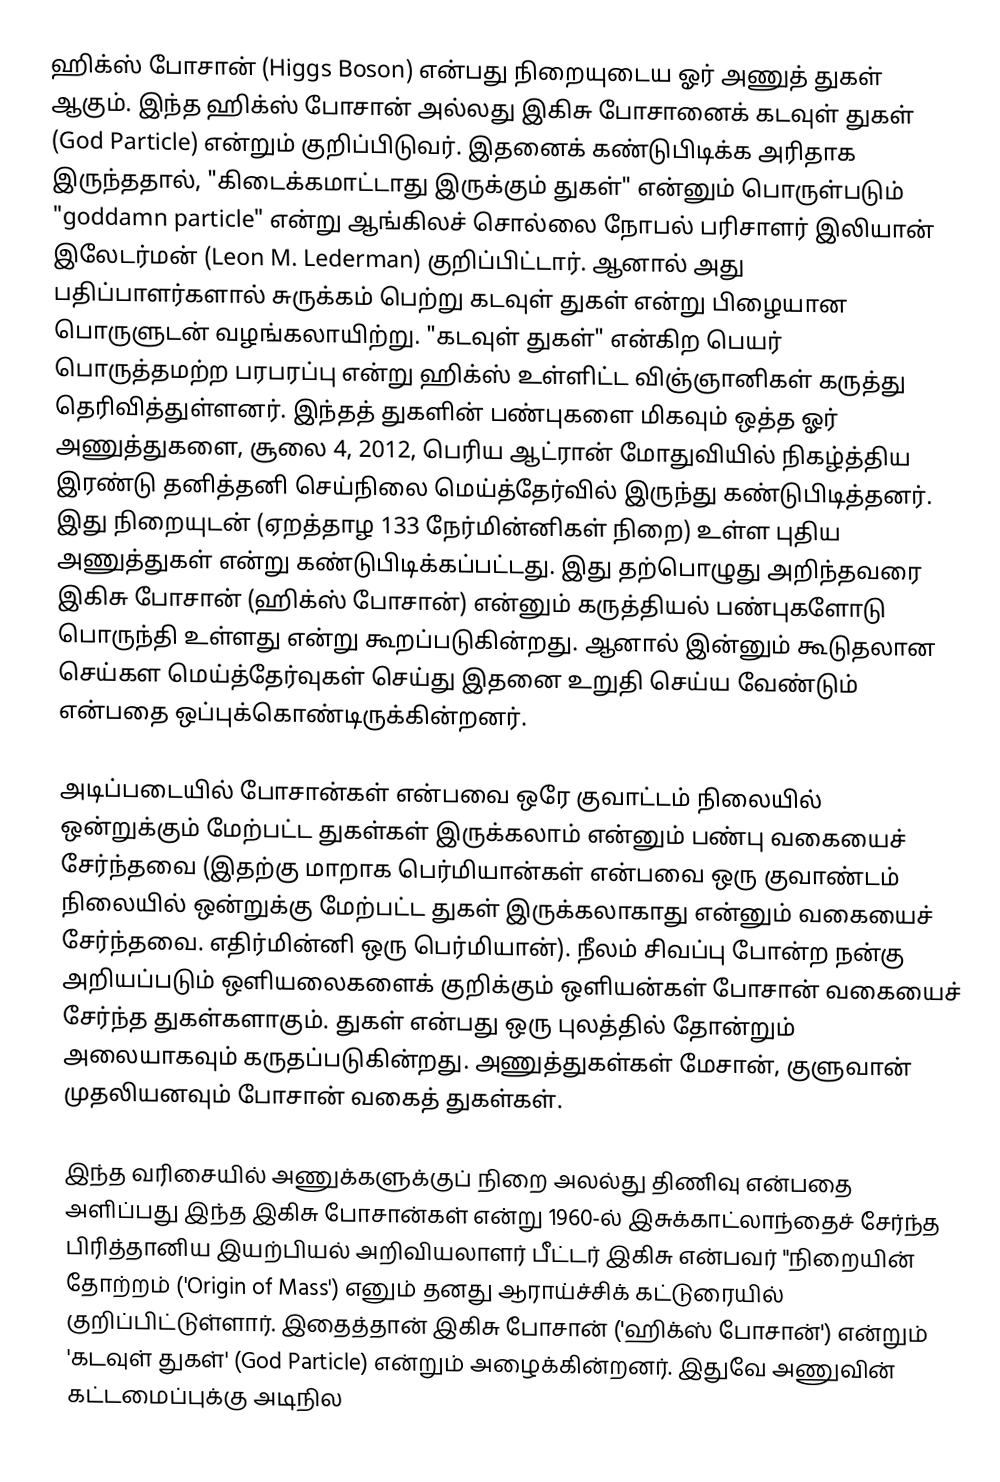
ஹிக்ஸ் போசான் (Higgs Boson) என்பது நிறையுடைய ஓர் அணுத் துகள் ஆகும். இந்த ஹிக்ஸ் போசான் அல்லது இகிசு போசானைக் கடவுள் துகள் (God Particle) என்றும் குறிப்பிடுவர். இதனைக் கண்டுபிடிக்க அரிதாக இருந்ததால், "கிடைக்கமாட்டாது இருக்கும் துகள்" என்னும் பொருள்படும் "goddamn particle" என்று ஆங்கிலச் சொல்லை நோபல் பரிசாளர் இலியான் இலேடர்மன் (Leon M. Lederman) குறிப்பிட்டார். ஆனால் அது பதிப்பாளர்களால் சுருக்கம் பெற்று கடவுள் துகள் என்று பிழையான பொருளுடன் வழங்கலாயிற்று. "கடவுள் துகள்" என்கிற பெயர் பொருத்தமற்ற பரபரப்பு என்று  ஹிக்ஸ் உள்ளிட்ட விஞ்ஞானிகள் கருத்து தெரிவித்துள்ளனர்.  இந்தத் துகளின் பண்புகளை மிகவும் ஒத்த ஓர் அணுத்துகளை, சூலை 4, 2012,  பெரிய ஆட்ரான் மோதுவியில் நிகழ்த்திய இரண்டு தனித்தனி செய்நிலை மெய்த்தேர்வில் இருந்து கண்டுபிடித்தனர். இது  நிறையுடன் (ஏறத்தாழ 133 நேர்மின்னிகள் நிறை) உள்ள புதிய அணுத்துகள் என்று கண்டுபிடிக்கப்பட்டது. இது தற்பொழுது அறிந்தவரை இகிசு போசான் (ஹிக்ஸ் போசான்) என்னும் கருத்தியல் பண்புகளோடு பொருந்தி உள்ளது என்று கூறப்படுகின்றது. ஆனால் இன்னும் கூடுதலான செய்கள மெய்த்தேர்வுகள் செய்து இதனை உறுதி செய்ய வேண்டும் என்பதை ஒப்புக்கொண்டிருக்கின்றனர்.

அடிப்படையில் போசான்கள் என்பவை ஒரே குவாட்டம் நிலையில் ஒன்றுக்கும் மேற்பட்ட துகள்கள் இருக்கலாம் என்னும் பண்பு வகையைச் சேர்ந்தவை (இதற்கு மாறாக பெர்மியான்கள் என்பவை ஒரு குவாண்டம் நிலையில் ஒன்றுக்கு மேற்பட்ட துகள் இருக்கலாகாது என்னும் வகையைச் சேர்ந்தவை. எதிர்மின்னி ஒரு பெர்மியான்). நீலம் சிவப்பு போன்ற நன்கு அறியப்படும் ஒளியலைகளைக் குறிக்கும் ஒளியன்கள் போசான் வகையைச் சேர்ந்த துகள்களாகும். துகள் என்பது ஒரு புலத்தில் தோன்றும் அலையாகவும் கருதப்படுகின்றது. அணுத்துகள்கள் மேசான், குளுவான் முதலியனவும் போசான் வகைத் துகள்கள்.

இந்த வரிசையில் அணுக்களுக்குப் நிறை அலல்து திணிவு என்பதை அளிப்பது இந்த இகிசு போசான்கள் என்று 1960-ல் இசுக்காட்லாந்தைச் சேர்ந்த பிரித்தானிய இயற்பியல் அறிவியலாளர் பீட்டர் இகிசு என்பவர் "நிறையின் தோற்றம் ('Origin of Mass') எனும் தனது ஆராய்ச்சிக் கட்டுரையில் குறிப்பிட்டுள்ளார். இதைத்தான் இகிசு போசான் ('ஹிக்ஸ் போசான்') என்றும் 'கடவுள் துகள்' (God Particle) என்றும் அழைக்கின்றனர். இதுவே அணுவின் கட்டமைப்புக்கு அடிநில